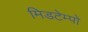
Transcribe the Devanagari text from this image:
मिडटेम्पो